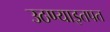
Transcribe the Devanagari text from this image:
उठण्याइतपत